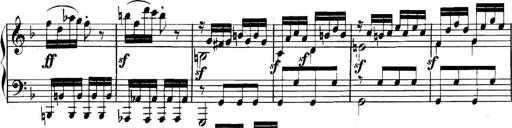
Title: Collected Piano Sonatas
Composer: Muzio Clementi